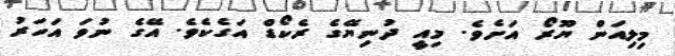
މިލިއަން ޔޫރޯ އަށެވެ. މިއީ ދުނިޔޭގެ ރެކޯޑް އަގެކެވެ. އޭގެ ނުވަ އަހަރު